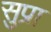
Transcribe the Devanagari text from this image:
सुप्रा